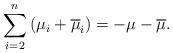
LaTeX: \begin{align*}{\displaystyle\sum\limits_{i=2}^{n}}\left( \mu_{i}+\overline{\mu}_{i}\right) =-\mu-\overline{\mu}. \end{align*}